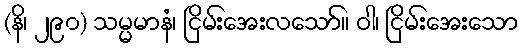
(နိ၊ ၂၉၀) သမ္မမာနံ၊ ငြိမ်းအေးလသော်။ ဝါ၊ ငြိမ်းအေးသော